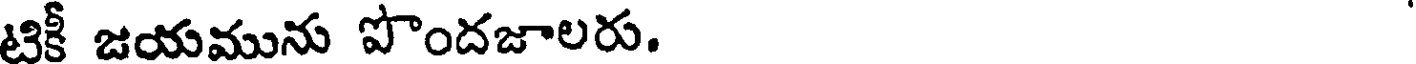
టికీ జయమును పొందజాలరు.